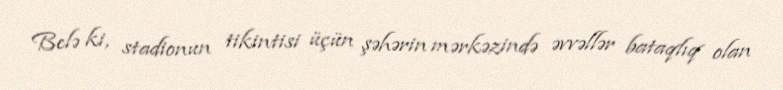
Belə ki, stadionun tikintisi üçün şəhərin mərkəzində əvvəllər bataqlıq olan